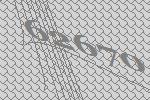
62670